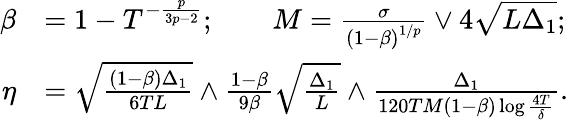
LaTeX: \begin{array}{rl}{\beta}&{=1-T^{-\frac{p}{3p-2}};\qquad M=\frac{\sigma}{\left(1-\beta\right)^{1/p}}\lor 4\sqrt{L\Delta_{1}};}\\ {\eta}&{=\sqrt{\frac{\left(1-\beta\right)\Delta_{1}}{6TL}}\land\frac{1-\beta}{9\beta}\sqrt{\frac{\Delta_{1}}{L}}\land\frac{\Delta_{1}}{120TM\left(1-\beta\right)\log\frac{4T}{\delta}}.}\end{array}